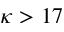
\kappa > 1 7